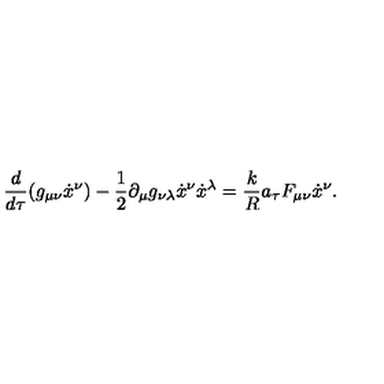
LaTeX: \frac { d } { d \tau } ( g _ { \mu \nu } { \dot { x } } ^ { \nu } ) - \frac { 1 } { 2 } \partial _ { \mu } g _ { \nu \lambda } { \dot { x } } ^ { \nu } { \dot { x } } ^ { \lambda } = \frac { k } { R } { a _ { \tau } } F _ { \mu \nu } { \dot { x } } ^ { \nu } .